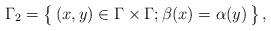
\begin{align*}\Gamma_2=\bigl\{\,(x,y)\in\Gamma\times\Gamma;\beta(x)=\alpha(y)\,\bigr\}\,,\end{align*}